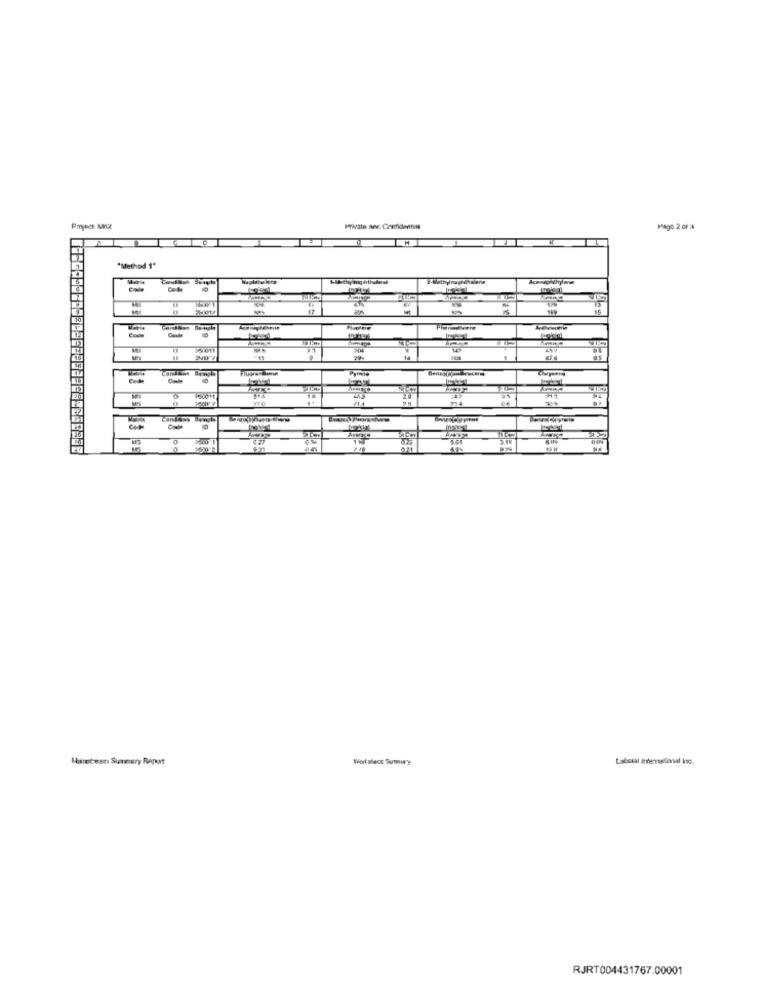
Poject: MUL
Pago 2 of
"Method 1"
Code
17
Cada
55
Muntean Sunnery Raport
Wort slecx Sumwy
RJRT004431767.00001